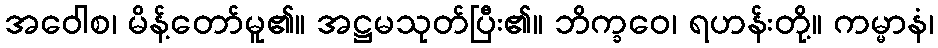
အဝေါစ၊ မိန့်တော်မူ၏။ အဋ္ဌမသုတ်ပြီး၏။ ဘိက္ခဝေ၊ ရဟန်းတို့။ ကမ္မာနံ၊